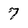
Character: 7